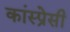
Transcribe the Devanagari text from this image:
कांस्प्रेसी